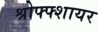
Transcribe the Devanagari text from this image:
श्रोफ्फ्शायर